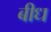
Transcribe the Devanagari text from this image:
बीध